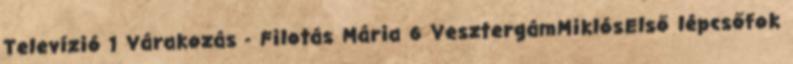
Televízió 1 Várakozás - Filotás Mária 6 VesztergámMiklósElső lépcsőfok